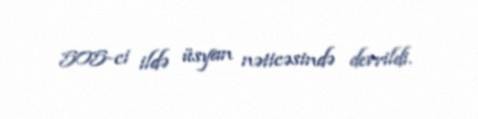
505-ci ildə üsyan nəticəsində devrildi.